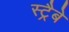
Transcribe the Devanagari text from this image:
स्ट्रैबे